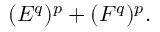
( E ^ { q } ) ^ { p } + ( F ^ { q } ) ^ { p } .